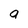
Character: a